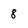
Character: 8